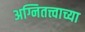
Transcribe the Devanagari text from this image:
अग्नितत्त्वाच्या